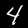
Label: 4